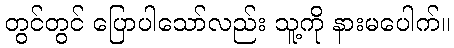
တွင်တွင် ပြောပါသော်လည်း သူ့ကို နားမပေါက်။